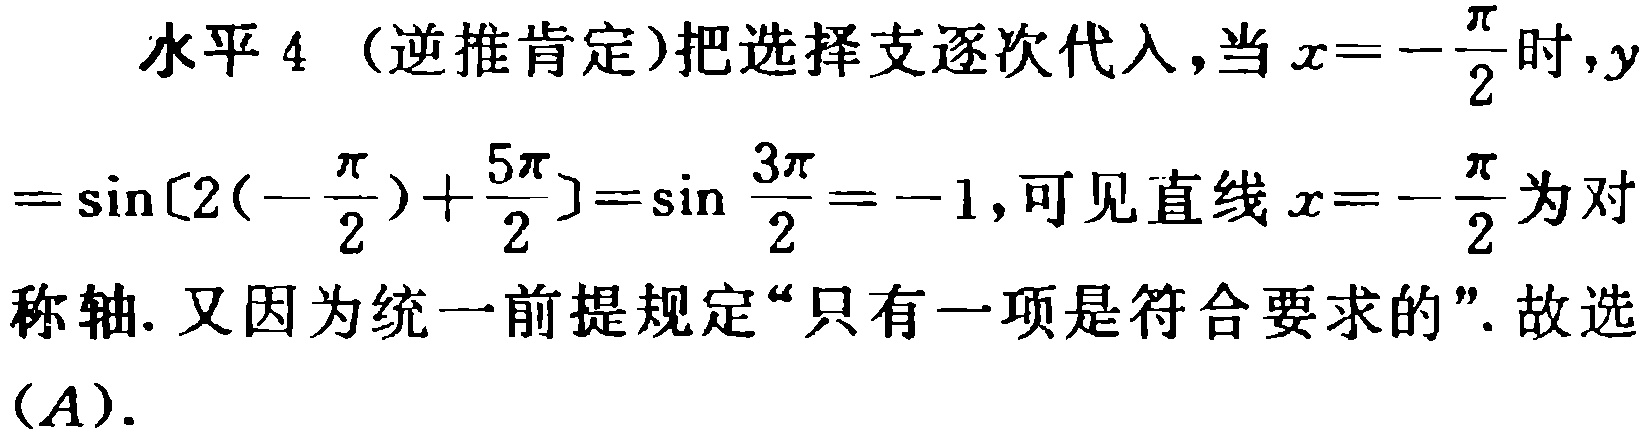
水平 4（逆推肯定）把选择支逐次代入，当 \(x = -\frac{\pi}{2}\) 时，\(y=\sin\left[2\left(-\frac{\pi}{2}\right)+\frac{5\pi}{2}\right]=\sin\frac{3\pi}{2}=-1\)，可见直线 \(x = -\frac{\pi}{2}\) 为对称轴. 又因为统一前提规定“只有一项是符合要求的”. 故选\((A)\).